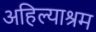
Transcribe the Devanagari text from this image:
अहिल्याश्रम